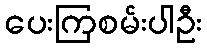
ပေးကြစမ်းပါဦး